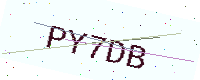
Text: PY7DB